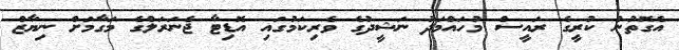
އެގޮތުން ކުރީގެ ރައީސް މުހައްމަދު ނަޝީދުގެ ވެރިކަމުގައި އޮޑިޓާ ޖެނަރަލްގެ މަގާމަށް ނިޔާޒް